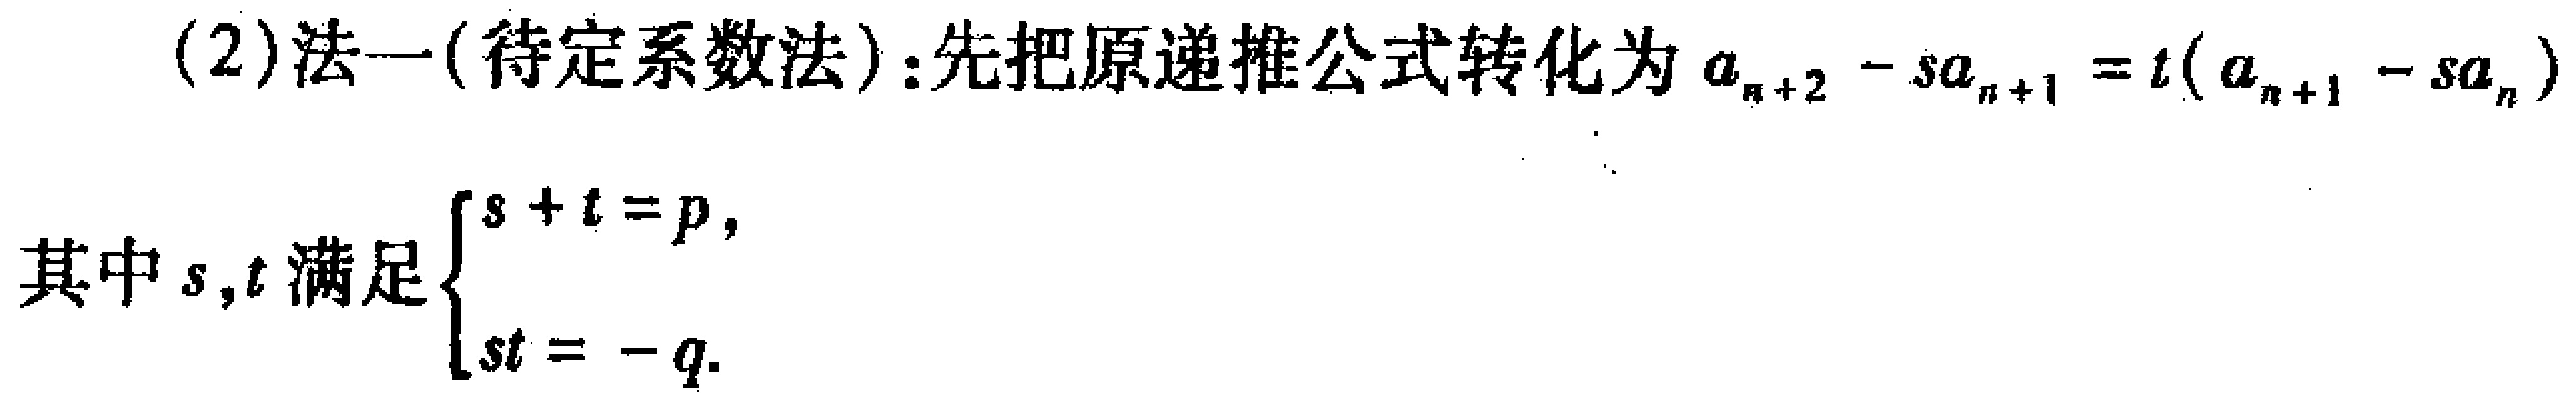
(2)法一(待定系数法):先把原递推公式转化为\(a_{n + 2}-sa_{n + 1}=t(a_{n + 1}-sa_{n})\)

其中\(s,t\)满足\(\begin{cases}s + t = p,\\st=-q.\end{cases}\)